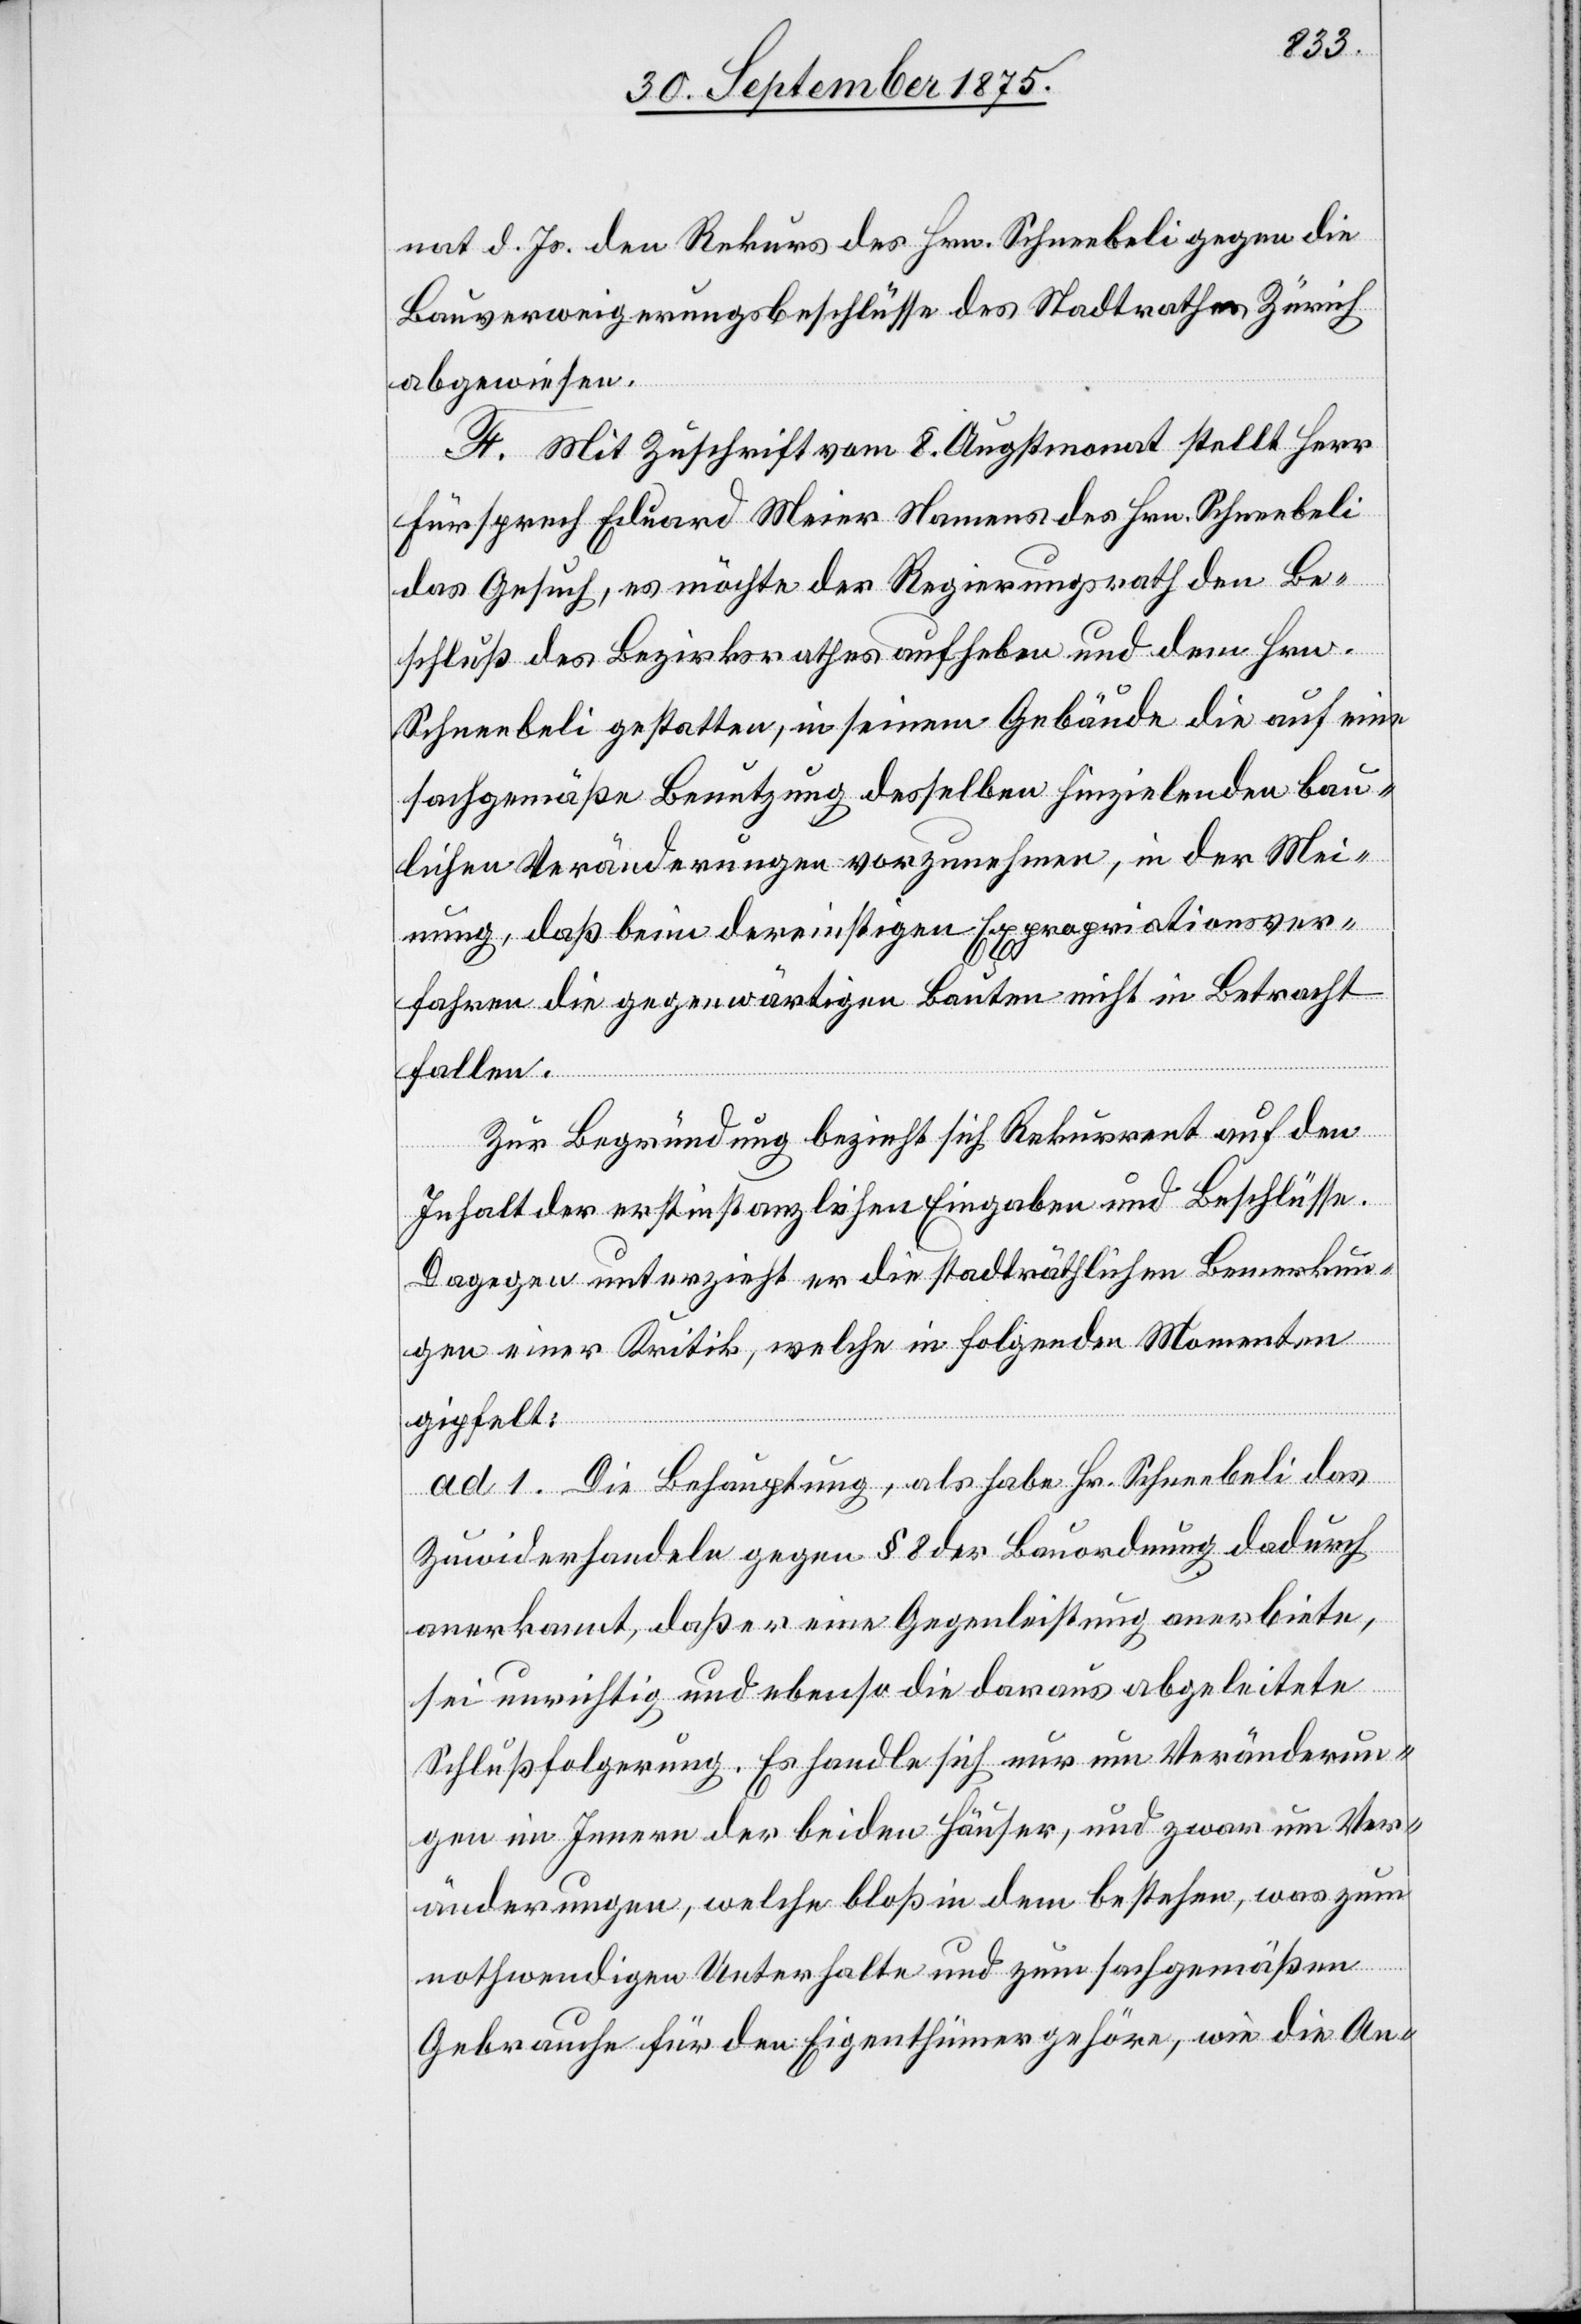
nat d. Js. den Rekurs des Hrn. Schneebeli gegen die
Bauverweigerungsbeschlüsse des Stadtrathes Zürich
abgewiesen.
F. Mit Zuschrift vom 8.Augstmonat stellt Herr
Fürsprech Eduard Meier Namens des Hrn. Schneebeli
das Gesuch, es möchte der Regierungsrath den Be¬
schluß des Bezirksrathes aufheben und dem Hrn.
Schneebeli gestatten, in seinem Gebäude die auf eine
fachgemäße Benutzung desselben hinzielenden bau¬
lichen Veränderungen vorzunehmen, in der Mei¬
nung, daß beim dereinstigen Expropriationsver¬
fahren die gegenwärtigen Bauten nicht in Betracht
fallen.
Zur Begründung bezieht sich Rekurrent auf den
Inhalt der erstinstanzlichen Eingaben und Beschlüsse.
Dagegen unterzieht er die stadträthlichen Bemerkun¬
gen einer Kritik, welche in folgenden Momenten
gipfelt:
ad 1. Die Behauptung, als habe Hr. Schneebeli das
Zuwiderhandeln gegen § 8 der Bauordnung dadurch
anerkannt, daß er eine Gegenleistung anerbiete,
sei unrichtig und ebenso die daraus abgeleitete
Schlußfolgerung. Es handle sich nur um Veränderun¬
gen im Innern der beiden Häuser, und zwar um Ver¬
änderungen, welche bloß in dem bestehen, was zum
nothwendigen Unterhalte und zum sachgemäßen
Gebrauche für den Eigenthümer gehöre, wie die An-